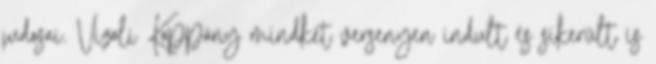
judosai. Vizoli Koppány mindkét versenyen indult és sikerült is